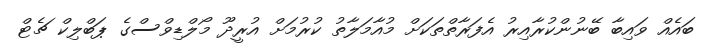
ބައެއް ވައިބާ ބޭނުންކުރާއިރު އެފަރާތްތަކަށް މުއާމަލާތު ކުރުމަށް އުރީދޫ މޯލްޑިވްސްގެ ޕަބްލިކް ޗެޓް